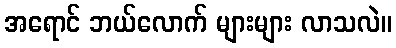
အရောင် ဘယ်လောက် များများ လာသလဲ။